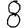
Digit: 8